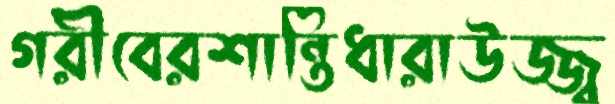
গরীবেরশান্তিধারাউজ্জ্ব